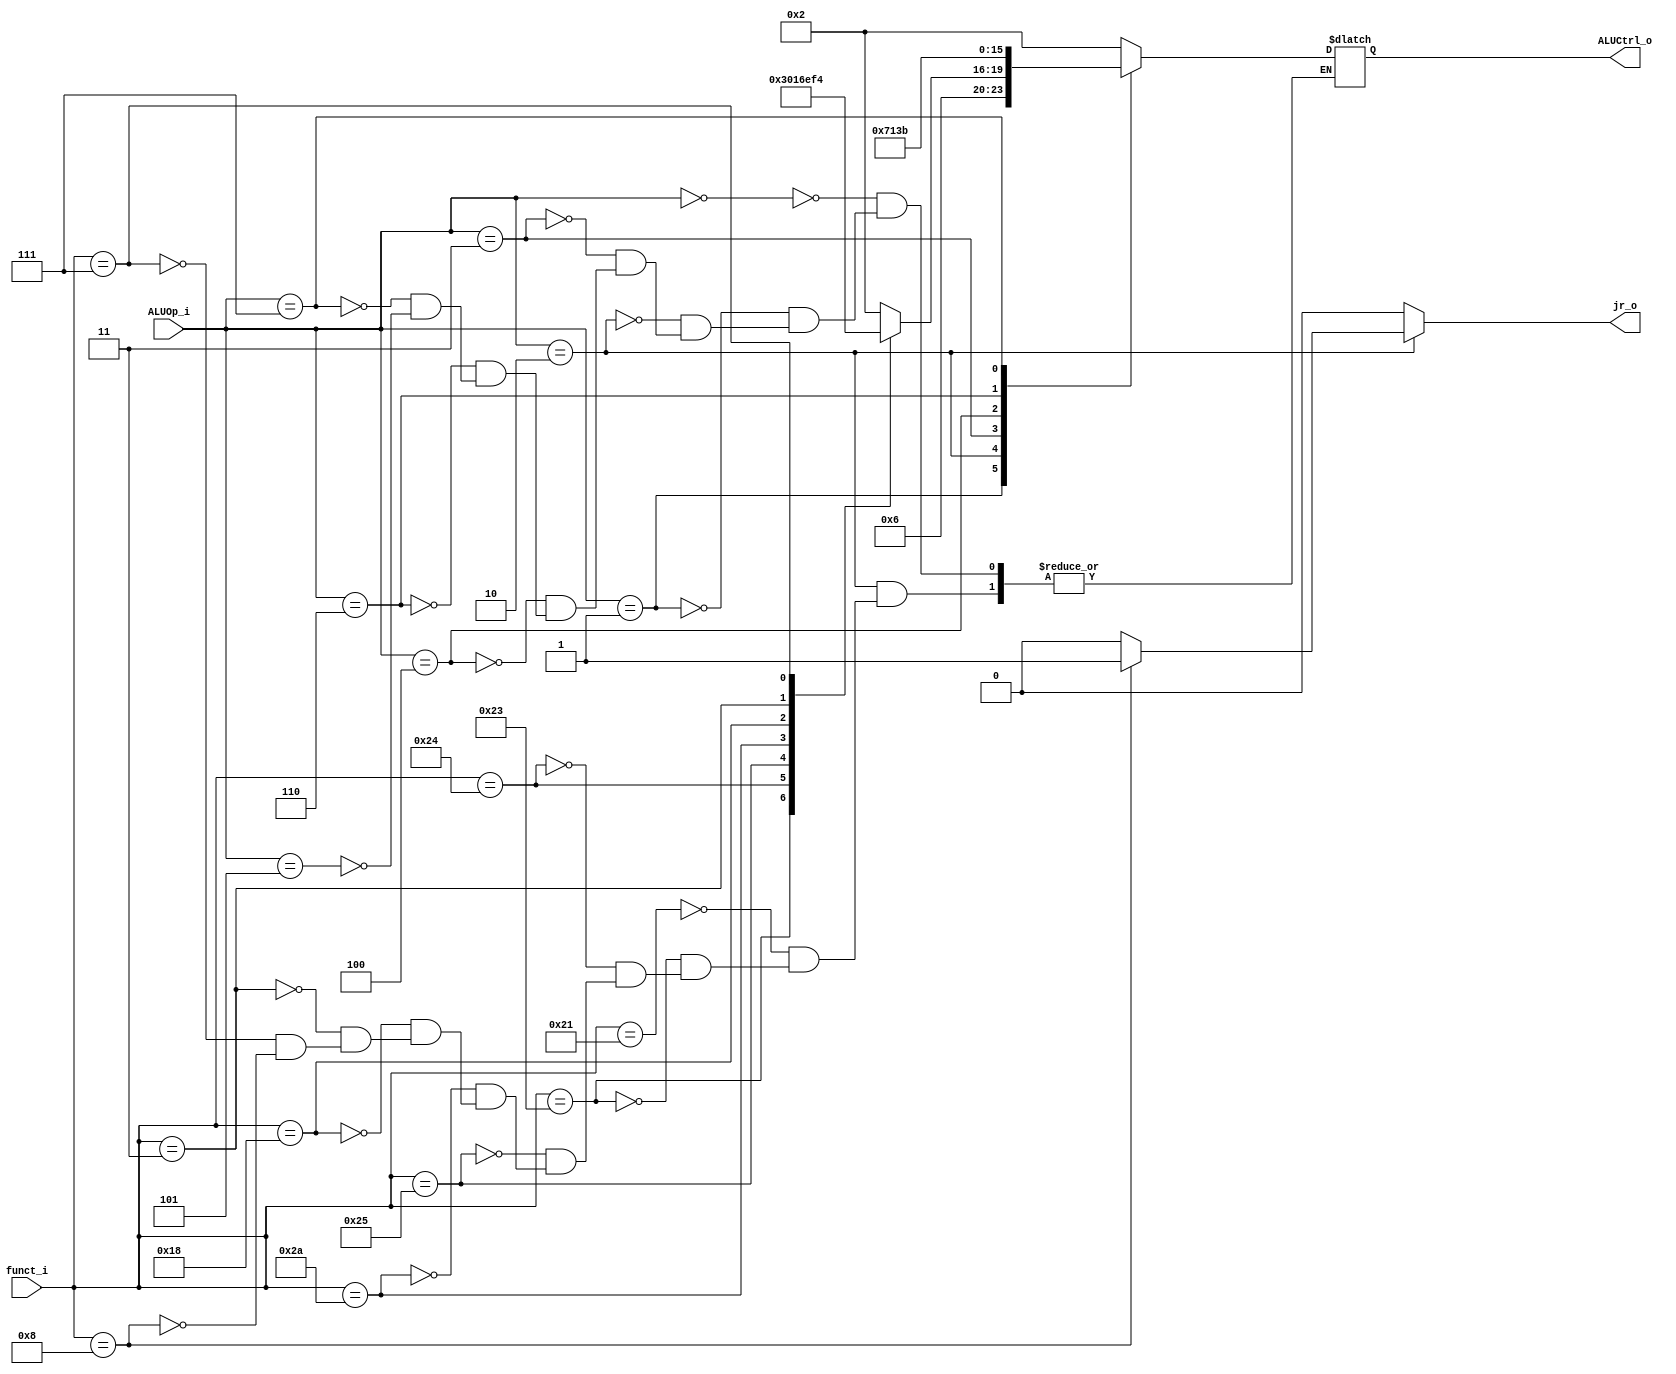
//Subject:     CO project 2 - ALU Controller
//--------------------------------------------------------------------------------
//Version:     1
//--------------------------------------------------------------------------------
//Writer:      0516223
//----------------------------------------------
//Date:        
//----------------------------------------------
//Description: 
//--------------------------------------------------------------------------------

module ALU_Ctrl(
          funct_i,
          ALUOp_i,
          ALUCtrl_o,
			 jr_o
          );
          
//I/O ports 
input      [6-1:0] funct_i;
input      [3-1:0] ALUOp_i;

output     [4-1:0] ALUCtrl_o;    
output             jr_o;    
     
//Internal Signals
reg        [4-1:0] ALUCtrl_o;
reg					 jr_o;

//Parameter

       
//Select exact operation
always @(*) begin
    jr_o <= 1'b0;
    case(ALUOp_i)
        3'b000: ALUCtrl_o <= 4'b0010;   //i-type add
        3'b001: ALUCtrl_o <= 4'b0110;	//set less than without function
        3'b010:     //r-type
            begin
                case(funct_i)
                    6'b100001: ALUCtrl_o <= 4'b0010;
                    6'b100011: ALUCtrl_o <= 4'b0011;
                    6'b100100: ALUCtrl_o <= 4'b0000;
                    6'b100101: ALUCtrl_o <= 4'b0001;
                    6'b101010: ALUCtrl_o <= 4'b0110;
						  6'b011000: ALUCtrl_o <= 4'b1110;
                    6'b000011: ALUCtrl_o <= 4'b1111; //X
                    6'b000111: ALUCtrl_o <= 4'b0100;
                    6'b001000: begin
                        ALUCtrl_o <= 4'b0010; // jr
                        jr_o <= 1'b1;
                    end
                endcase
            end
			3'b011: ALUCtrl_o <= 4'b0111;
			3'b100: ALUCtrl_o <= 4'b0001;
			3'b110: ALUCtrl_o <= 4'b0011;	//sub without function
			3'b111: ALUCtrl_o <= 4'b1011;
			3'b101: ALUCtrl_o <= 4'b0010;
			default: ALUCtrl_o <= 4'b0000;
    endcase    
end
endmodule